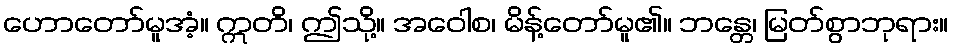
ဟောတော်မူအံ့။ ဣတိ၊ ဤသို့။ အဝေါစ၊ မိန့်တော်မူ၏။ ဘန္တေ၊ မြတ်စွာဘုရား။